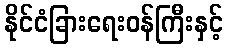
နိုင်ငံခြားရေးဝန်ကြီးနှင့်